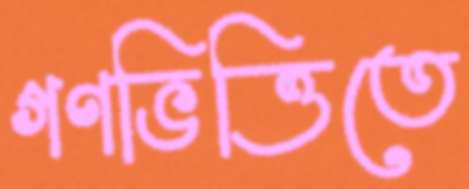
গণভিত্তিতে